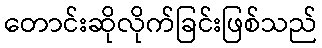
တောင်းဆိုလိုက်ခြင်းဖြစ်သည်